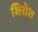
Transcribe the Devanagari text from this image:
शिरीश